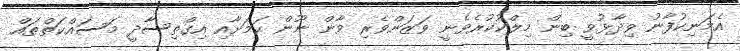
އެމަނިކުފާނު ވިދާޅުވީ ބިން މިލްކުކުރެވެނީ ވަޒަންވެރި ވާން ނޫން ކަމަށާއި އިގްތިސާދީ މަސައްކަތްތައް